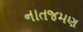
નાતજમણ